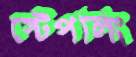
স্টেপলিং